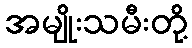
အမျိုးသမီးတို့